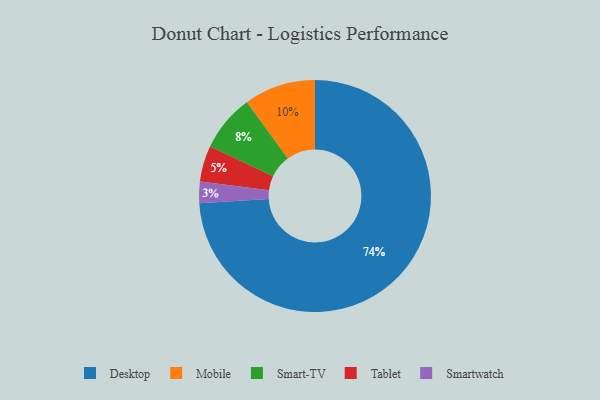
{"axis": {"x": "Category", "y": "Percentage"}, "legend": ["Desktop", "Mobile", "Smart-TV", "Smartwatch", "Tablet"], "data": [{"x": "Mobile", "y": 10, "type": "Mobile"}, {"x": "Tablet", "y": 5, "type": "Tablet"}, {"x": "Smart-TV", "y": 8, "type": "Smart-TV"}, {"x": "Desktop", "y": 74, "type": "Desktop"}, {"x": "Smartwatch", "y": 3, "type": "Smartwatch"}]}